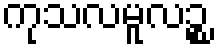
ကုသလမူလဉ္စ